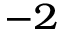
^ { - 2 }